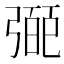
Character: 𢐝